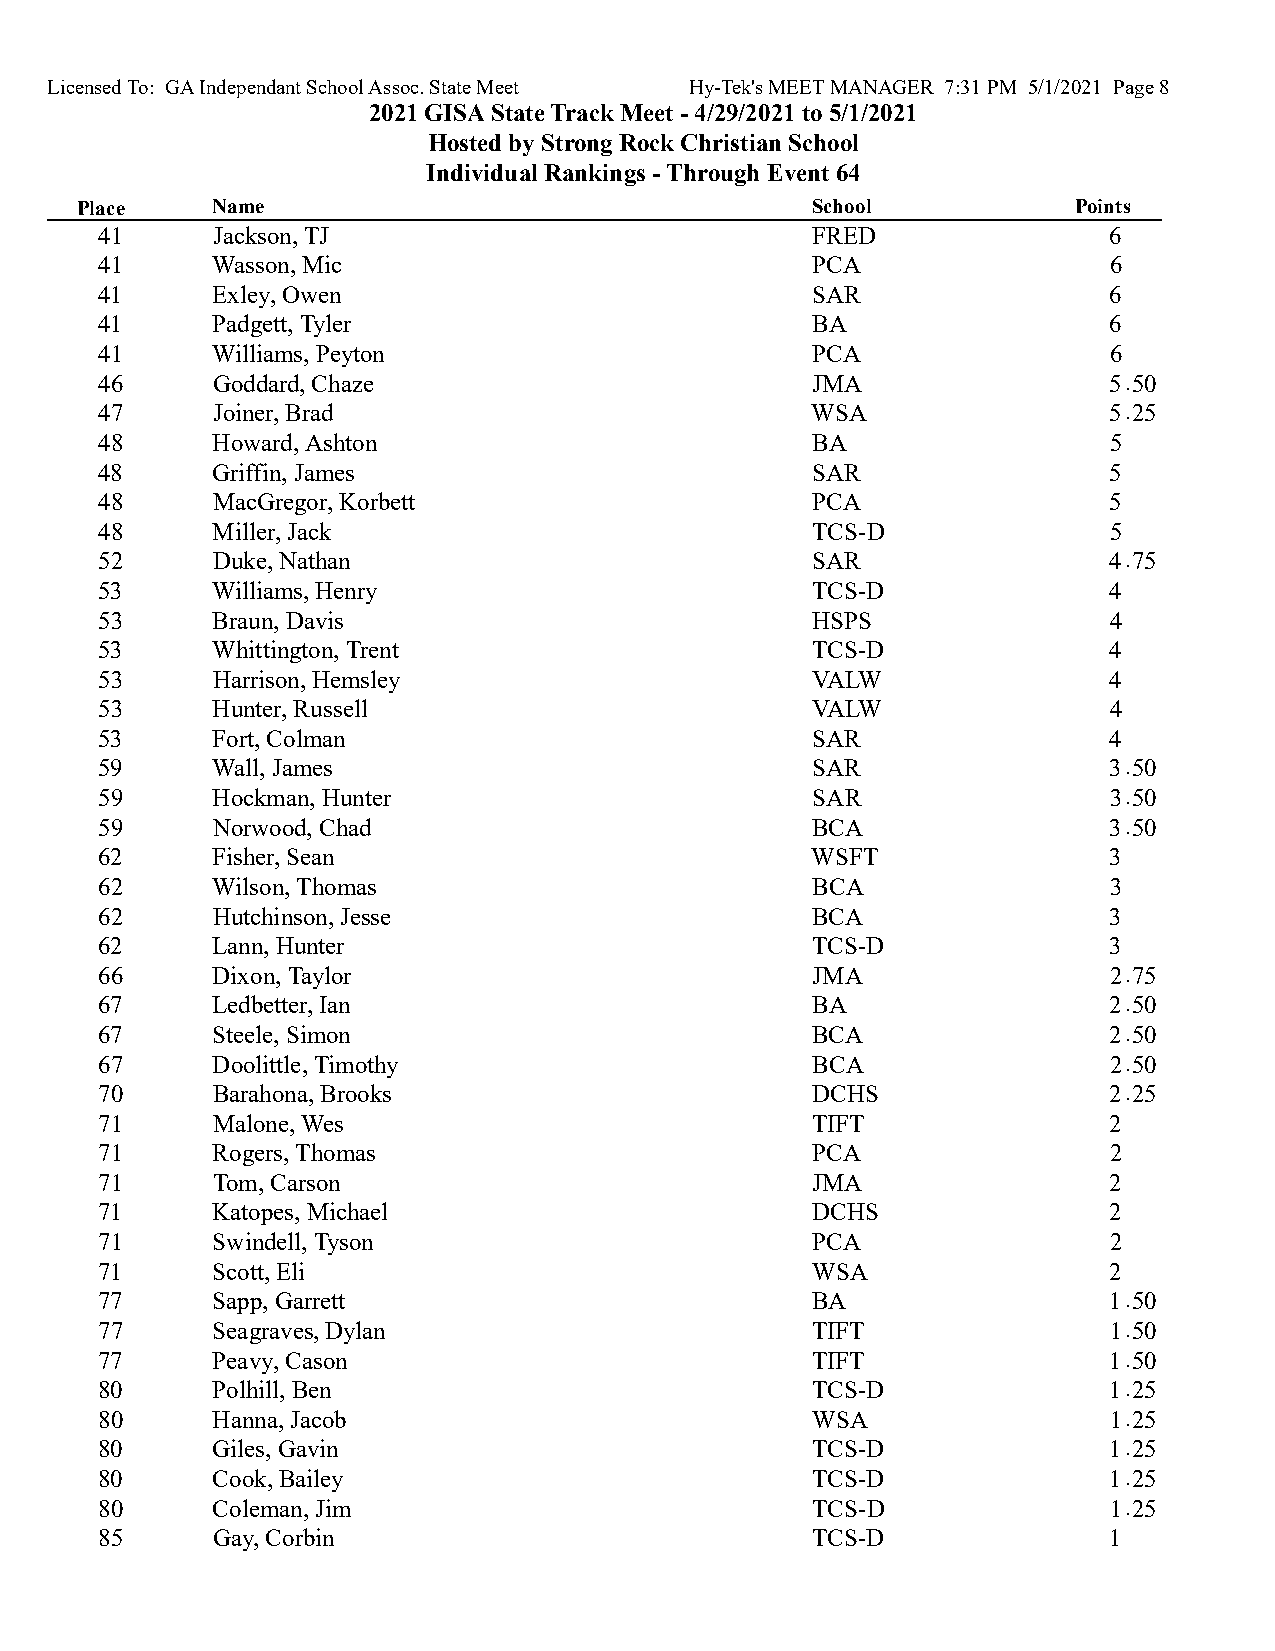
Licensed To: GA Independant School Assoc. State Meet Hy-Tek's MEET MANAGER 7:31 PM 5/1/2021 Page 8
 2021 GISA State Track Meet - 4/29/2021 to 5/1/2021
 Hosted by Strong Rock Christian School
 Individual Rankings - Through Event 64
 Place    Name                                    School           Points
 41     Jackson, TJ                             FRED               6
 41     Wasson, Mic                             PCA                6
 41     Exley, Owen                             SAR                6
 41     Padgett, Tyler                          BA                 6
 41     Williams, Peyton                        PCA                6
 46     Goddard, Chaze                          JMA                5.50
 47     Joiner, Brad                            WSA                5.25
 48     Howard, Ashton                          BA                 5
 48     Griffin, James                          SAR                5
 48     MacGregor, Korbett                      PCA                5
 48     Miller, Jack                            TCS-D              5
 52     Duke, Nathan                            SAR                4.75
 53     Williams, Henry                         TCS-D              4
 53     Braun, Davis                            HSPS               4
 53     Whittington, Trent                      TCS-D              4
 53     Harrison, Hemsley                       VALW               4
 53     Hunter, Russell                         VALW               4
 53     Fort, Colman                            SAR                4
 59     Wall, James                             SAR                3.50
 59     Hockman, Hunter                         SAR                3.50
 59     Norwood, Chad                           BCA                3.50
 62     Fisher, Sean                            WSFT               3
 62     Wilson, Thomas                          BCA                3
 62     Hutchinson, Jesse                       BCA                3
 62     Lann, Hunter                            TCS-D              3
 66     Dixon, Taylor                           JMA                2.75
 67     Ledbetter, Ian                          BA                 2.50
 67     Steele, Simon                           BCA                2.50
 67     Doolittle, Timothy                      BCA                2.50
 70     Barahona, Brooks                        DCHS               2.25
 71     Malone, Wes                             TIFT               2
 71     Rogers, Thomas                          PCA                2
 71     Tom, Carson                             JMA                2
 71     Katopes, Michael                        DCHS               2
 71     Swindell, Tyson                         PCA                2
 71     Scott, Eli                              WSA                2
 77     Sapp, Garrett                           BA                 1.50
 77     Seagraves, Dylan                        TIFT               1.50
 77     Peavy, Cason                            TIFT               1.50
 80     Polhill, Ben                            TCS-D              1.25
 80     Hanna, Jacob                            WSA                1.25
 80     Giles, Gavin                            TCS-D              1.25
 80     Cook, Bailey                            TCS-D              1.25
 80     Coleman, Jim                            TCS-D              1.25
 85     Gay, Corbin                             TCS-D              1